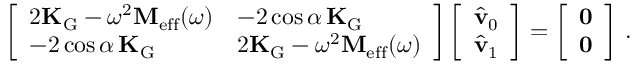
\left[ \begin{array} { l l } { 2 \mathbf { K } _ { \mathrm { G } } - \omega ^ { 2 } \mathbf { M } _ { \mathrm { e f f } } ( \omega ) } & { - 2 \cos \alpha \, \mathbf { K } _ { \mathrm { G } } } \\ { - 2 \cos \alpha \, \mathbf { K } _ { \mathrm { G } } } & { 2 \mathbf { K } _ { \mathrm { G } } - \omega ^ { 2 } \mathbf { M } _ { \mathrm { e f f } } ( \omega ) } \end{array} \right] \left[ \begin{array} { l } { \hat { \mathbf { v } } _ { 0 } } \\ { \hat { \mathbf { v } } _ { 1 } } \end{array} \right] = \left[ \begin{array} { l } { \mathbf { 0 } } \\ { \mathbf { 0 } } \end{array} \right] \, .